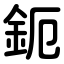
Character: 鈪